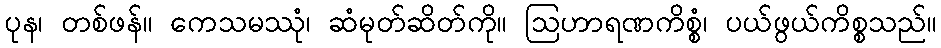
ပုန၊ တစ်ဖန်။ ကေသမဿုံ၊ ဆံမုတ်ဆိတ်ကို။ ဩဟာရဏကိစ္စံ၊ ပယ်ဖွယ်ကိစ္စသည်။